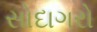
સોદાગરો